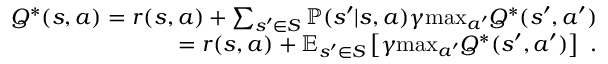
\begin{array} { r } { Q ^ { * } ( s , a ) = r ( s , a ) + \sum _ { { s ^ { \prime } \in S } } \mathbb { P } ( s ^ { \prime } | s , a ) \gamma \mathrm { m a x } _ { a ^ { \prime } } Q ^ { * } ( s ^ { \prime } , a ^ { \prime } ) } \\ { = r ( s , a ) + \mathbb { E } _ { s ^ { \prime } \in S } \left[ \gamma \mathrm { m a x } _ { a ^ { \prime } } Q ^ { * } ( s ^ { \prime } , a ^ { \prime } ) \right] ~ . } \end{array}